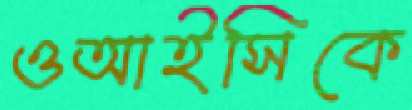
ওআইসিকে